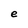
Character: e